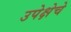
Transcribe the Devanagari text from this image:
उपेक्षेचे